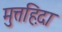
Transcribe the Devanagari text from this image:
मुत्तह़िदा